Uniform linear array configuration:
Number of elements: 16
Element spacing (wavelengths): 0.75
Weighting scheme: uniform
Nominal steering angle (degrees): -45
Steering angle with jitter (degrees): -45.42
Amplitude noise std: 0.05
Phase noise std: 0.05

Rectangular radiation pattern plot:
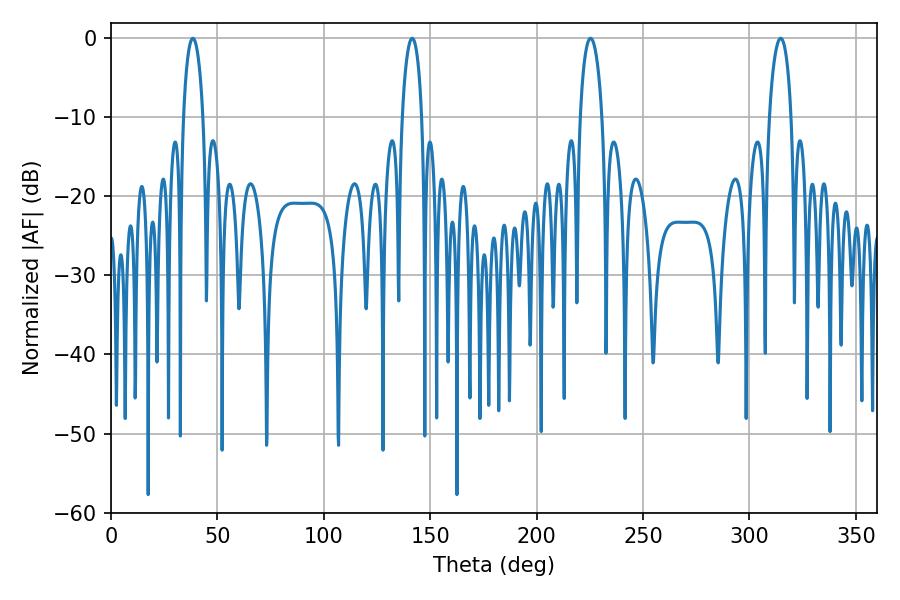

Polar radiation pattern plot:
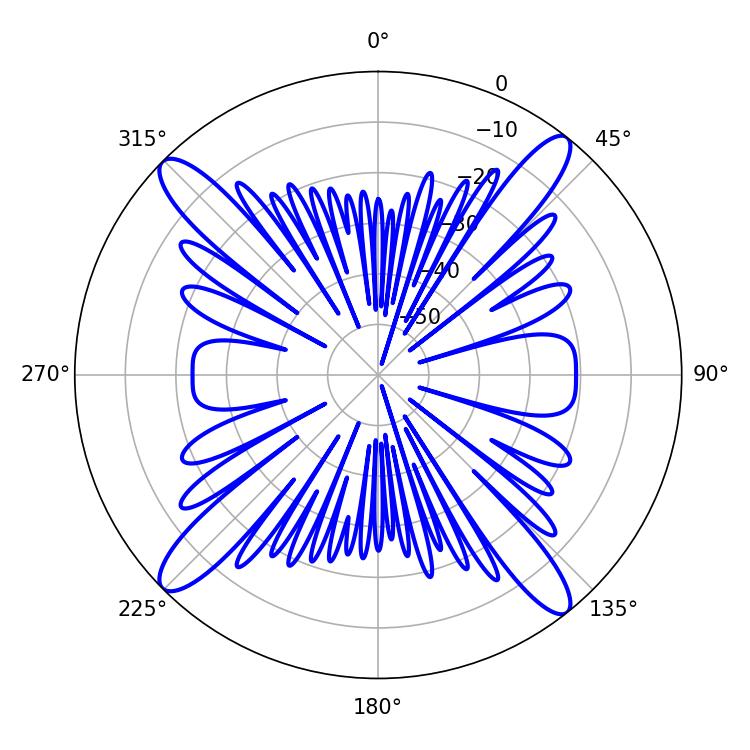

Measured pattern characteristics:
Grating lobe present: TRUE
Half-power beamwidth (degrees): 5.94
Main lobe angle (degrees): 225.36